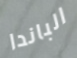
الباندا